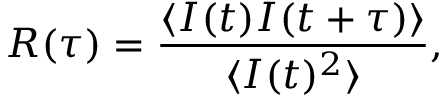
R ( \tau ) = \frac { \langle I ( t ) I ( t + \tau ) \rangle } { \langle I ( t ) ^ { 2 } \rangle } ,